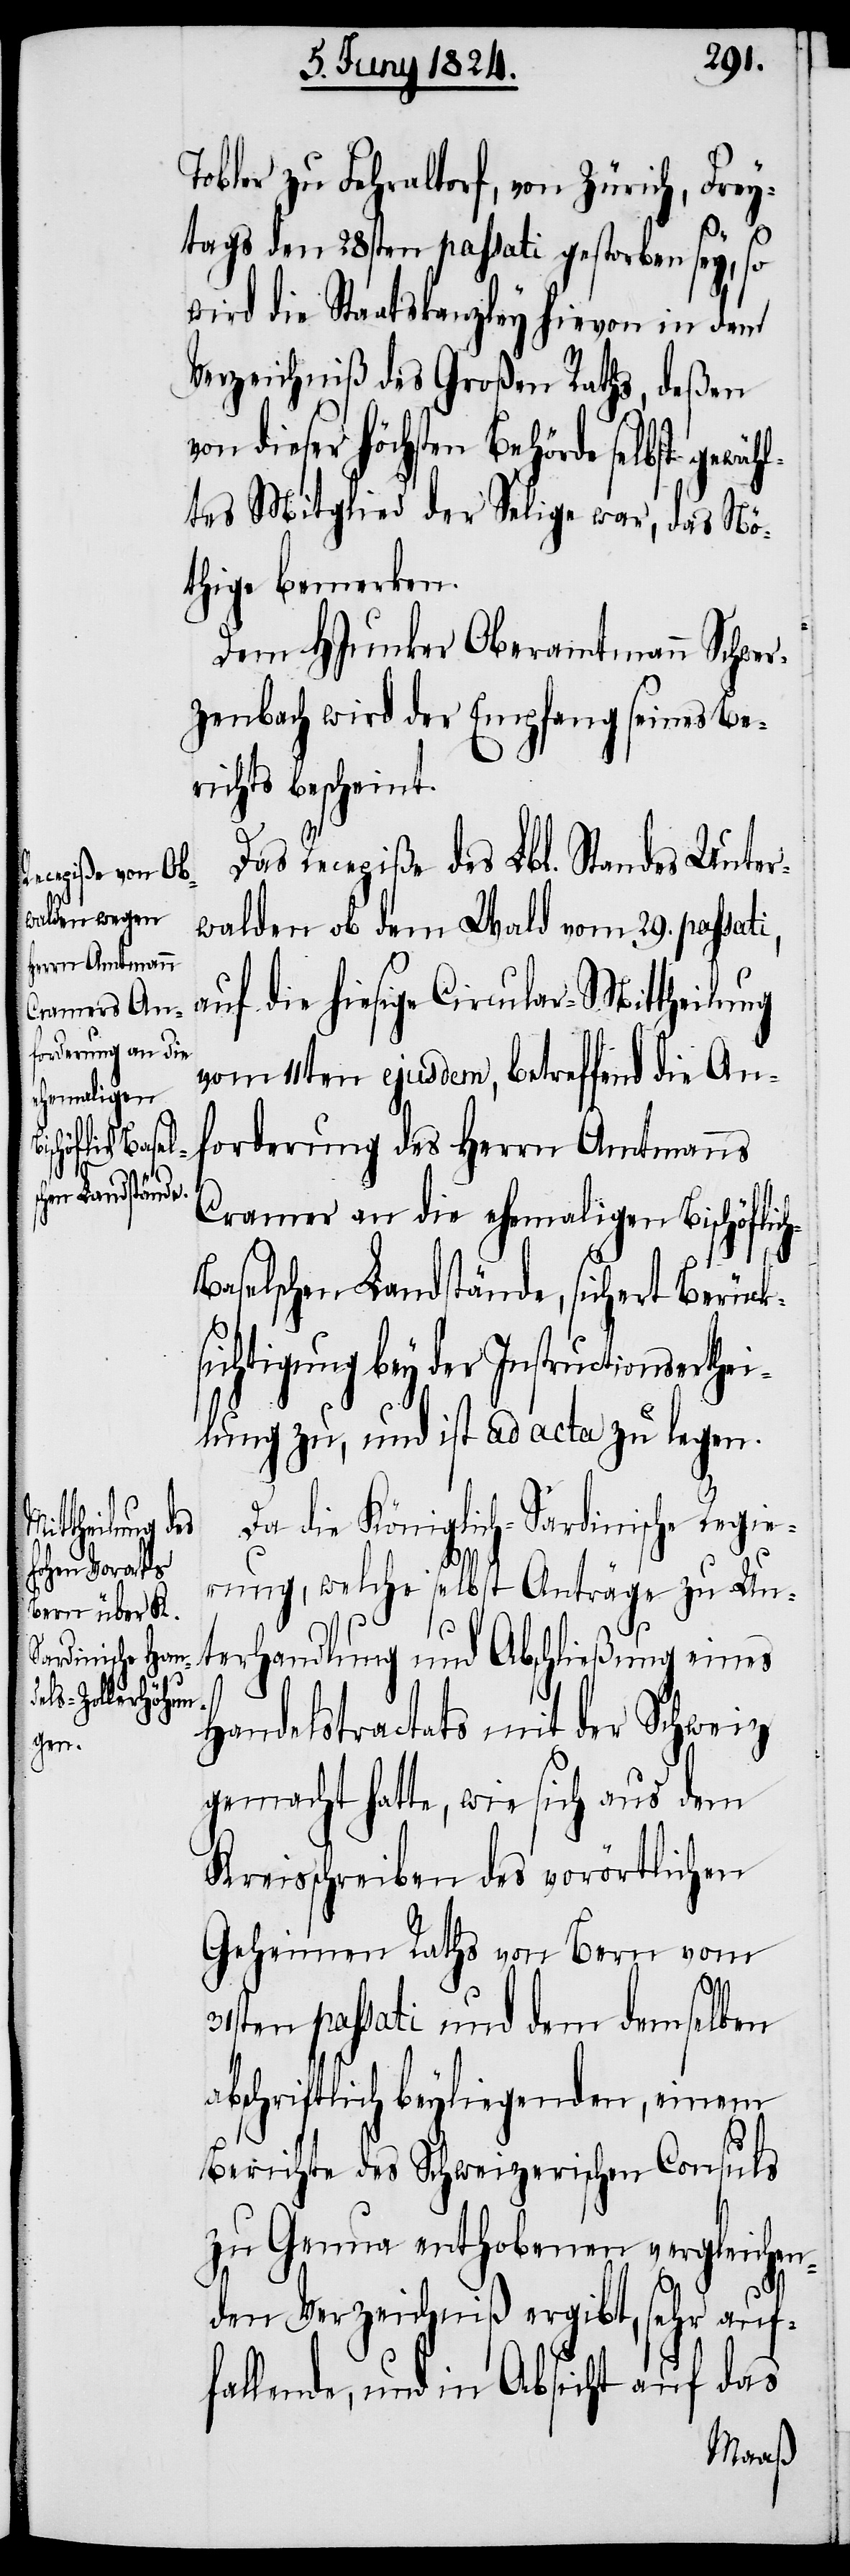
Tobler zu Fehraltorf, von Zürich, Frey¬
h-B¬
tags den 28sten passati gestorben sey, so
wird die Staatskanzley hievon in dem
Verzeichniß des Großen Raths, deßen
dieser höchsten Behörde selbst gewäh¬
ltes Mitglied der Selige war, das Nö¬
thige bemerken.
Dem HJunker Oberamtmann Schwer¬
zenbach wird der Empfang seines Be¬
richts bescheint.
Das Recepiße des Lbl. Standes Unter¬
walden ob dem Wald vom 29. passat¬
auf die hiesige Circular-Mittheilung
vom 11ten ejusdem, betreffend die An¬
forderung des Herrn Amtmanns
Cramer an die ehemaligen Bischöflic¬
aselschen Landstände, sichert Berück¬
sichtigung bey der Instructionserthei¬
lung zu, und ist ad acta zu legen.
Da die Königlich-Sardinische Regie¬
rung, welche selbst Anträge zu Un¬
terhandlung und Abschließung eines
Handelstractats mit der Schweiz
gemacht hatte, wie sich aus dem
Kreisschreiben des vorörtlichen
Geheimen Raths von Bern vom
31sten passati und dem demselben
abschriftlich beyliegenden, einem
Berichte des Schweizerischen Consuls
zu Genua enthobenen vergleichen¬
i,
den Verzeichniß ergibt, sehr auf¬
fallende, und in Absicht auf das